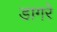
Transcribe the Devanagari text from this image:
डागरे